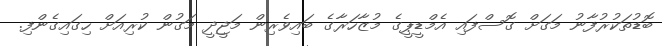
ބޮޑުތަކުރުފާނު މަގަށް ގޮސްފައި އެމްޑީޕީގެ މުޒާހަރާގެ ބައިވެރިން މަޖީދީ މަގުން ކުރިއަށް ހިގައިގެންފި.